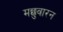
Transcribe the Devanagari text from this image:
मछुवारन